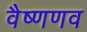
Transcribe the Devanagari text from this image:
वैष्णणव